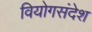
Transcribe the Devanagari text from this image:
वियोगसंदेश